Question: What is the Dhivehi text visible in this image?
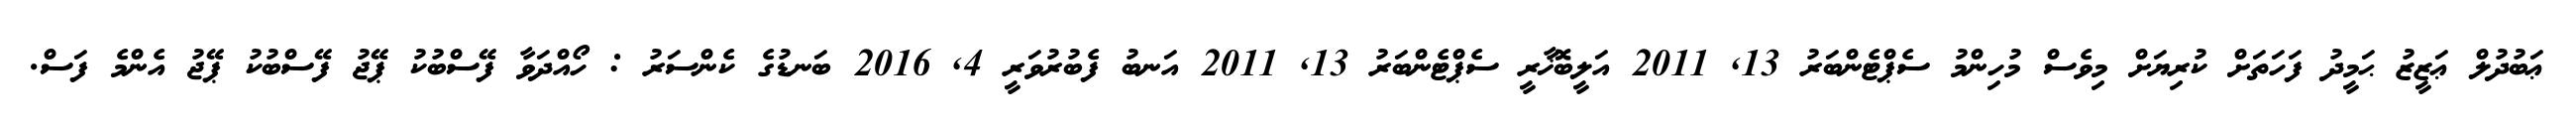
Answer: ޢަބުދުލް ޢަޒީޒު ޙަމީދު ފަހަތަށް ކުރިޔަށް މިވެސް މުހިންމު ސެޕްޓެންބަރު 13, 2011 އަލީބޮޚާރީ ސެޕްޓެންބަރު 13, 2011 އަނބު ފެބުރުވަރީ 4, 2016 ބަނޑުގެ ކެންސަރު : ހޯއްދަވާ ފޭސްބުކު ޕޭޖު ފޭސްބުކު ޕޭޖު އެންމެ ފަސް.